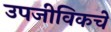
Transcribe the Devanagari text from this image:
उपजीविकचे